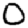
Digit: 0